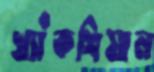
খ্যাঁকশিয়াল